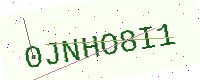
Text: 0JNHO8I1